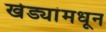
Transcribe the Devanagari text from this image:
खेड्यांमधून